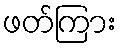
ဖတ်ကြား